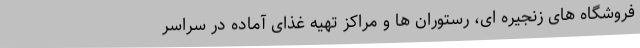
فروشگاه های زنجیره ای، رستوران ها و مراکز تهیه غذای آماده در سراسر